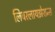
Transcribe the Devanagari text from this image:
लिबरलायझेशन्स